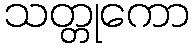
သတ္တုကော